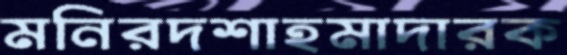
মনিরদশাহমাদারক